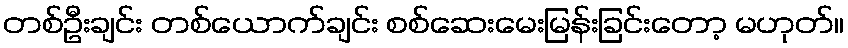
တစ်ဦးချင်း တစ်ယောက်ချင်း စစ်ဆေးမေးမြန်းခြင်းတော့ မဟုတ်။